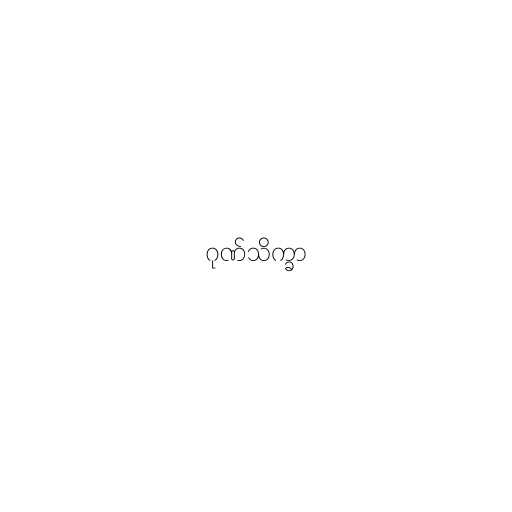
ဂုဏ်သိက္ခာ